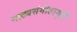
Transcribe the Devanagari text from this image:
नाट्यसंगीतामुळे